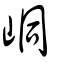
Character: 峒